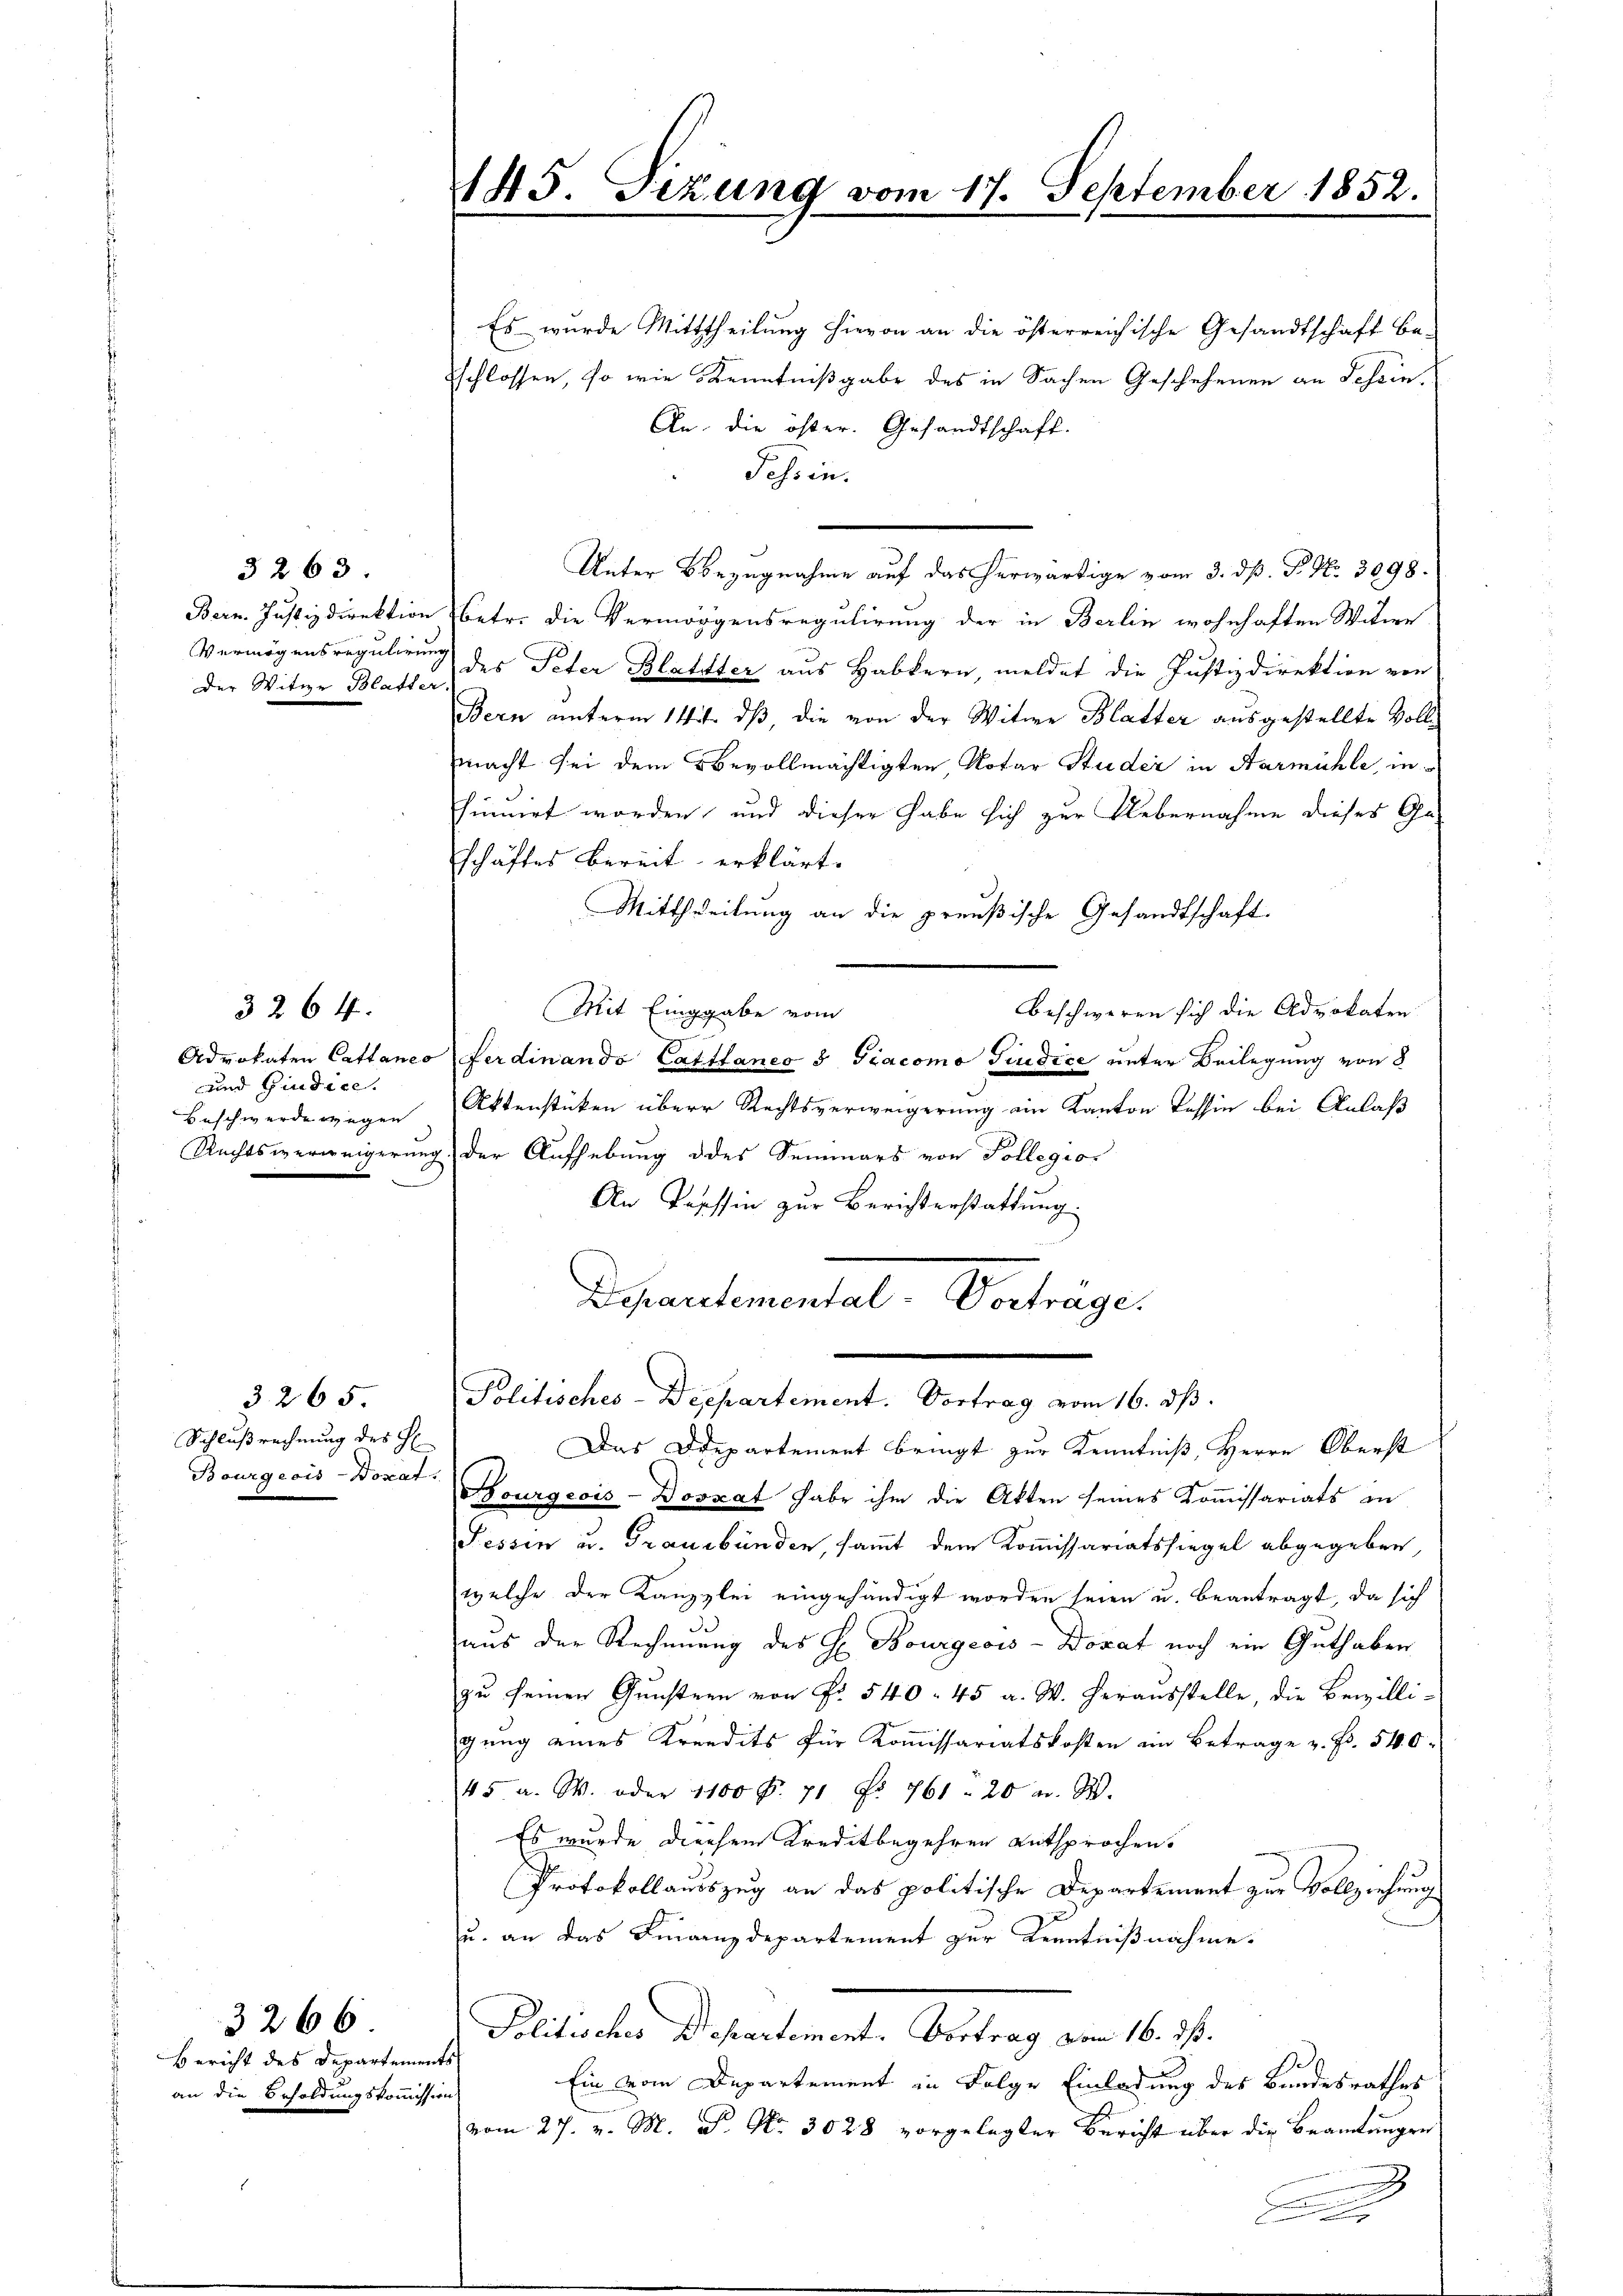
3263.
Bern. Justizdirektion
Vermögensregulirung
Der Witwe Blatter
e

3264.
Advokaten Cattanco
und Giudice.
Beschwerde wegen
Rechtsverweigerung

3265.
Schlußrechnung des H

3266.
Bericht des Departemen
an die Besoldungskommission

145. Sizung vom 17. September 1852.

Es wurde Mittheilung hievon an die österreichische Gesandtschaft be-
schlossen, so wie Kenntnißgabe des in Sachen Geschehenen an Schein¬
An die öster. Gesandtschaft.
Tessin.
Unter Bezugnahme auf das herwärtige vom 3. dß. P. Nr. 3098.
betr. die Vermögensregulirung der in Berlin wohnhaften Witwe
 des Peter Blatter aus Habkern, meldet die Justizdirektion von
Bern unterm 14t dß, die von der Witwe Blatter ausgestellte Vollmacht sei dem Bevollmächtigten Notar Studer in Aarmühle, in
sinuirt worden, und dieser habe sich zur Uebernahme dieses Geschäftes bereit erklärt.
Mittheilung an die preußische Gesandtschaft.
Mit Eingabe vom
beschweren sich die Advokaten
Ferdinando Catttaneo 3 Giacomo Giudice unter Beilegung von d
Aktenstücken über Rechtsverweigerung ein Kanton Tessin bei Anlaß
2.) Der Aufhebung des Semmers von Pollegio
An Tasssin zur Berichterstattung.
Departemental Vertrage.
Politisches-Departement. Vortrag vom 16. dß.
Das Departement bringt zur Kenntniß, Herrn Oberst
Bourgeois-Borat Burgeois-Doszat habe ihm die Akten seines Kommissariats in
Fessen u. Graubünden, sammt dem Kommissariatssiegel abgegeben,
welche der Kanzlei eingehändigt worden seien u. beantragt, da sich
aus der Rechnung des H. Bourgeois-Doxat noch ein Guthaben
zu seinen Gunstern von Fr. 540. 45 a. W. herausstelle, die Bewilli-
gung eines Kredits für Kommissariatskosten ein Betrage v. Fr. 540
45 a. W. oder 1100 f. 71 No 761 - 20 u. S.
Es wurde diesem Kreditbegehren entsprochen.
Protokollauszug an das politische Departement zur Vollziehung
u. an das Finanzdepartement zur Kenntnißnahme.
Politisches Departement. Vortrag vom 16. ds.
d
Ein vom Departement in Folge Einladung des Bundesrathes
vom 27. v. M. D. No. 3028 vorgelegter Bericht über die Beamtungen
.